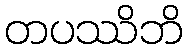
တပဿိဘိ